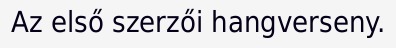
Az első szerzői hangverseny.